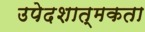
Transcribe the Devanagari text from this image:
उपेदशात्मकता